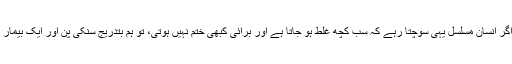
پاپائے روم نے اپنے اس خطاب میں مزید کہا کہ اگر انسان مسلسل یہی سوچتا رہے کہ سب کچھ غلط ہو جاتا ہے اور برائی کبھی ختم نہیں ہوتی، تو ہم بتدریج سنکی پن اور ایک بیمار کر دینے والی پڑمردگی کا شکار ہوتے جاتے ہیں۔